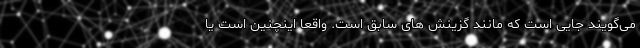
می‌گویند جایی است که مانند گزینش های سابق است. واقعا اینچنین است یا